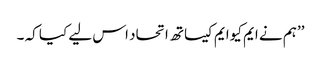
’’ہم نے ایم کیوایم کیساتھ اتحاد اس لیے کیا کہ ۔